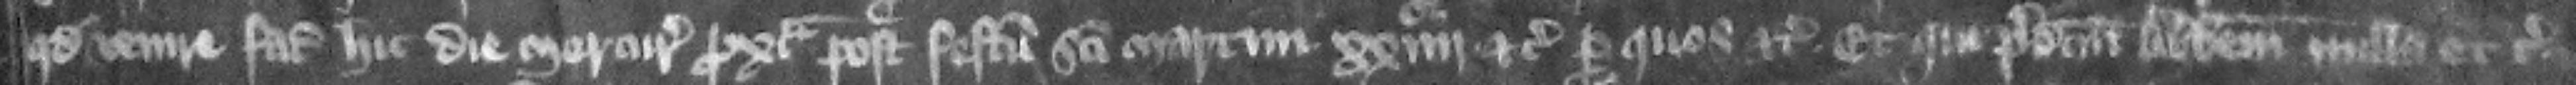
quod venire faciat hic die Mercurii proxima post festum Sancti Martini .xxiiij . etc. per quos etc. et qui predictum abbatem nulla etc.